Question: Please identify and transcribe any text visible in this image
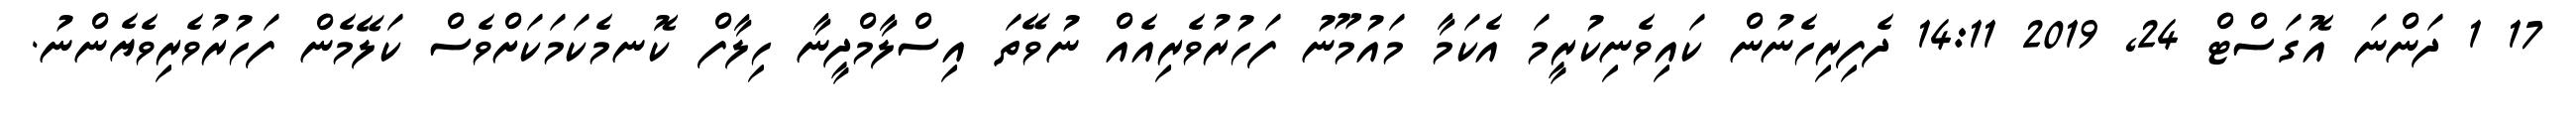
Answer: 17 1 ދަންނަ އޮގަސްޓް 24, 2019 14:11 ދެފިރިހެނުން ކައިވެނިކުރީމަ އެކަމާ މައުމޫނު ފަހުރުވެރިއެއް ނުވޭތަ އިސްލާމްދީނާ ހިލާފް ކޮނމެކަމަކަށްވެސް ކަލޭމެން ފަހުރުވެރިވެޔެންނު.